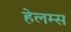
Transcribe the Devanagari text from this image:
हेलम्स